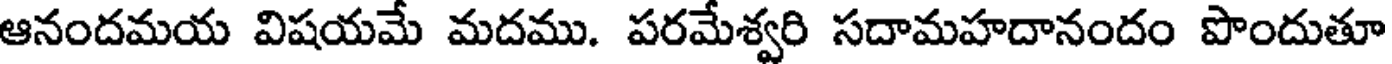
ఆనందమయ విషయమే మదము. పరమేశ్వరి సదామహదానందం పొందుతూ